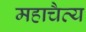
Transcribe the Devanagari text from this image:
महाचैत्य